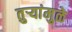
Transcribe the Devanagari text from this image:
तुऱ्यांमुळे